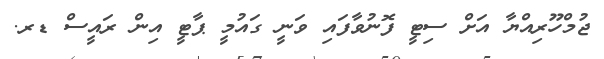
ޖުމްހޫރިއްޔާ އަށް ސިޓީ ފޮނުވާފައި ވަނީ ގައުމީ ޕާޓީ އިން ރައީސް ޑރ.